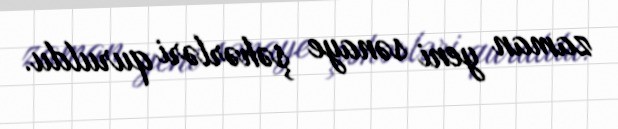
zaman yeni sənaye şəhərləri quruldu.